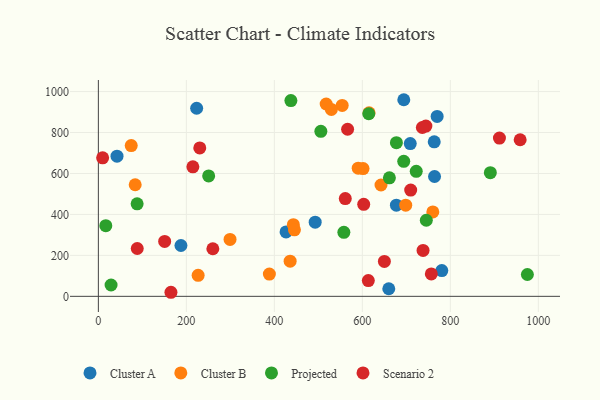
{"axis": {"x": "Investment", "y": "Rating"}, "legend": ["Cluster A", "Cluster B", "Projected", "Scenario 2"], "data": [{"x": "694.2", "y": 960.2, "type": "Cluster A"}, {"x": "492.8", "y": 362.2, "type": "Cluster A"}, {"x": "187.7", "y": 248.2, "type": "Cluster A"}, {"x": "780.6", "y": 125.9, "type": "Cluster A"}, {"x": "660.1", "y": 36.9, "type": "Cluster A"}, {"x": "223.4", "y": 918.5, "type": "Cluster A"}, {"x": "770.0", "y": 878.5, "type": "Cluster A"}, {"x": "763.4", "y": 754.5, "type": "Cluster A"}, {"x": "42.4", "y": 684.7, "type": "Cluster A"}, {"x": "708.9", "y": 746.0, "type": "Cluster A"}, {"x": "677.4", "y": 445.3, "type": "Cluster A"}, {"x": "426.6", "y": 314.7, "type": "Cluster A"}, {"x": "764.1", "y": 585.3, "type": "Cluster A"}, {"x": "83.7", "y": 545.0, "type": "Cluster B"}, {"x": "698.6", "y": 445.1, "type": "Cluster B"}, {"x": "601.6", "y": 624.0, "type": "Cluster B"}, {"x": "443.2", "y": 349.8, "type": "Cluster B"}, {"x": "435.9", "y": 171.7, "type": "Cluster B"}, {"x": "760.2", "y": 412.3, "type": "Cluster B"}, {"x": "517.8", "y": 939.2, "type": "Cluster B"}, {"x": "615.3", "y": 896.1, "type": "Cluster B"}, {"x": "554.2", "y": 932.4, "type": "Cluster B"}, {"x": "299.3", "y": 277.9, "type": "Cluster B"}, {"x": "642.4", "y": 543.7, "type": "Cluster B"}, {"x": "590.6", "y": 626.0, "type": "Cluster B"}, {"x": "74.7", "y": 736.1, "type": "Cluster B"}, {"x": "529.6", "y": 913.0, "type": "Cluster B"}, {"x": "388.7", "y": 108.6, "type": "Cluster B"}, {"x": "445.7", "y": 324.9, "type": "Cluster B"}, {"x": "226.8", "y": 102.6, "type": "Cluster B"}, {"x": "88.1", "y": 452.0, "type": "Projected"}, {"x": "661.5", "y": 578.8, "type": "Projected"}, {"x": "890.9", "y": 604.1, "type": "Projected"}, {"x": "677.4", "y": 750.2, "type": "Projected"}, {"x": "975.1", "y": 106.6, "type": "Projected"}, {"x": "558.0", "y": 312.5, "type": "Projected"}, {"x": "614.6", "y": 891.8, "type": "Projected"}, {"x": "250.7", "y": 588.2, "type": "Projected"}, {"x": "16.9", "y": 345.3, "type": "Projected"}, {"x": "745.4", "y": 371.6, "type": "Projected"}, {"x": "437.6", "y": 956.1, "type": "Projected"}, {"x": "28.9", "y": 55.3, "type": "Projected"}, {"x": "694.1", "y": 659.4, "type": "Projected"}, {"x": "722.5", "y": 610.6, "type": "Projected"}, {"x": "505.7", "y": 805.7, "type": "Projected"}, {"x": "214.8", "y": 632.7, "type": "Scenario 2"}, {"x": "260.2", "y": 232.4, "type": "Scenario 2"}, {"x": "738.0", "y": 224.1, "type": "Scenario 2"}, {"x": "603.1", "y": 449.1, "type": "Scenario 2"}, {"x": "709.9", "y": 518.8, "type": "Scenario 2"}, {"x": "958.7", "y": 764.7, "type": "Scenario 2"}, {"x": "756.8", "y": 109.5, "type": "Scenario 2"}, {"x": "566.5", "y": 816.0, "type": "Scenario 2"}, {"x": "165.0", "y": 19.8, "type": "Scenario 2"}, {"x": "150.7", "y": 268.3, "type": "Scenario 2"}, {"x": "744.4", "y": 831.5, "type": "Scenario 2"}, {"x": "230.5", "y": 725.0, "type": "Scenario 2"}, {"x": "9.7", "y": 676.4, "type": "Scenario 2"}, {"x": "650.1", "y": 170.7, "type": "Scenario 2"}, {"x": "561.2", "y": 477.5, "type": "Scenario 2"}, {"x": "736.4", "y": 824.6, "type": "Scenario 2"}, {"x": "911.6", "y": 772.8, "type": "Scenario 2"}, {"x": "613.6", "y": 76.7, "type": "Scenario 2"}, {"x": "88.4", "y": 233.6, "type": "Scenario 2"}]}